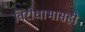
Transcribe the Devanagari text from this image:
विरोधाभासही